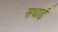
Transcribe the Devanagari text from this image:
सधाई